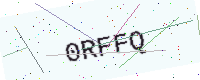
Text: 0RFFQ